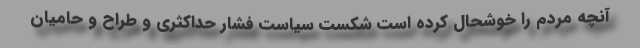
آنچه مردم را خوشحال کرده است شکست سیاست فشار حداکثری و طراح و حامیان